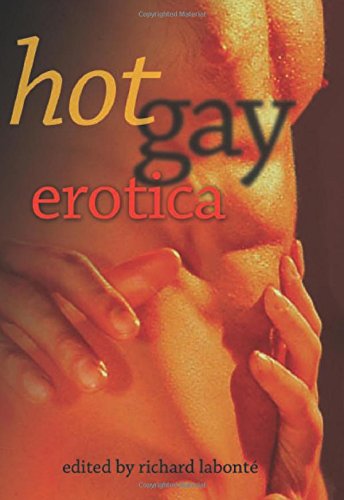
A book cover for Hot Gay Erotica; Romance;